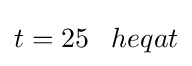
t=25\;\;\;heqat